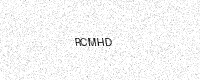
Text: RCMHD